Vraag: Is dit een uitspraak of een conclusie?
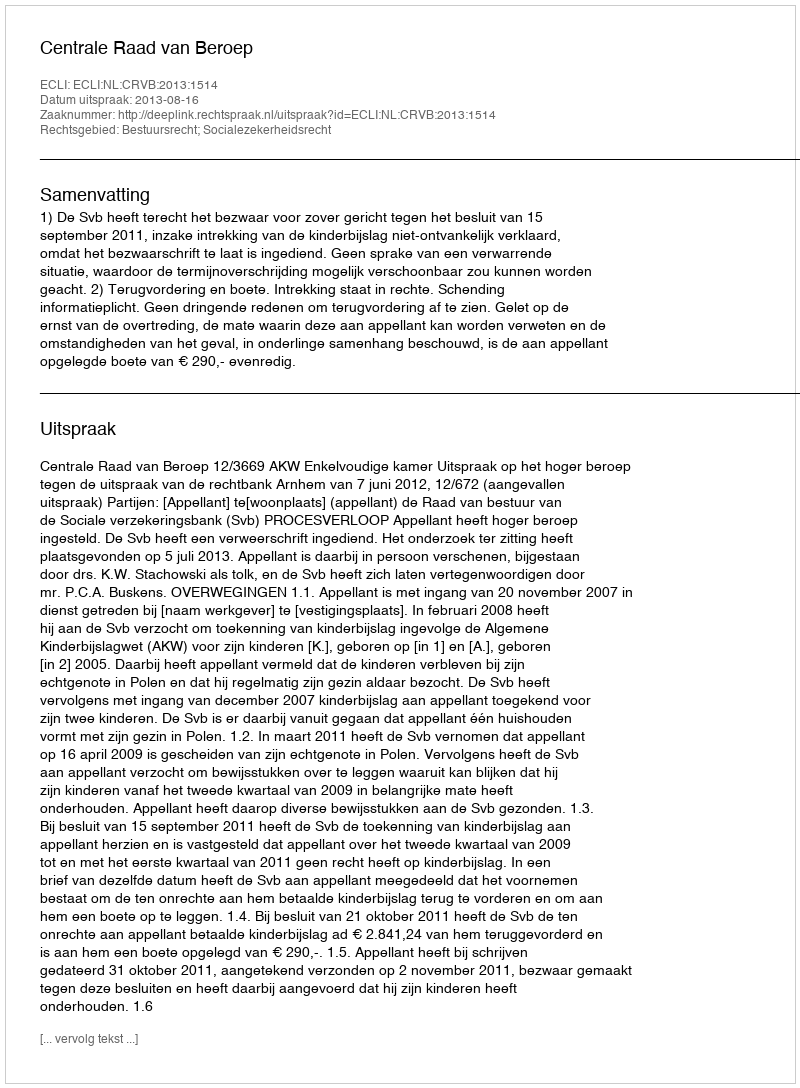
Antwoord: Uitspraak